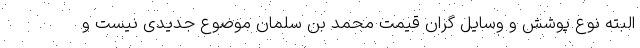
البته نوع پوشش و وسایل گران قیمت محمد بن سلمان موضوع جدیدی نیست و